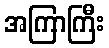
အကြာကြီး